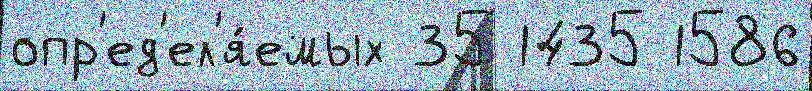
опр'ед'ел'я́емых 35 1435 1586